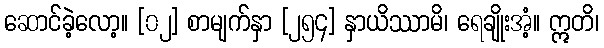
ဆောင်ခဲ့လော့။ [၀၂] စာမျက်နှာ [၂၅၄] နှာယိဿာမိ၊ ရေချိုးအံ့။ ဣတိ၊